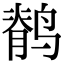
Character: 鹡